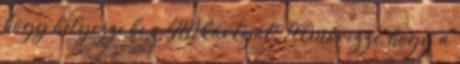
hogy helyezze be a SIM kártyát. Ellenőrizze, hogy a